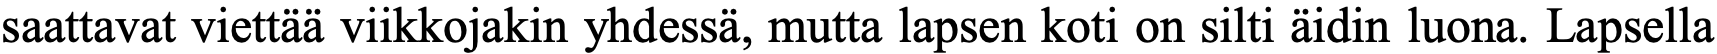
saattavat viettää viikkojakin yhdessä, mutta lapsen koti on silti äidin luona. Lapsella